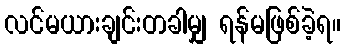
လင်မယားချင်းတခါမျှ ရန်မဖြစ်ခဲ့ရ။